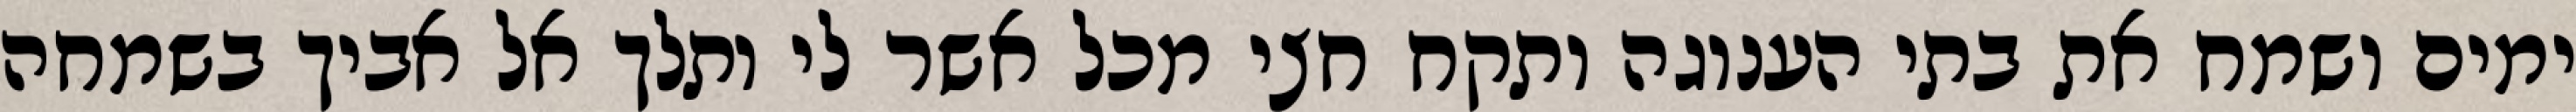
ימים ושמח את בתי הענוגה ותקח חצי מכל אשר לי ותלך אל אביך בשמחה